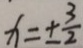
x = \pm \frac { 3 } { 2 }